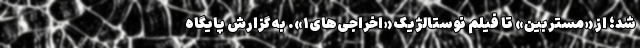
شد؛ از «مستربین» تا فیلم نوستالژیک «اخراجی‌های۱». به گزارش پایگاه